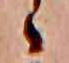
ゝ